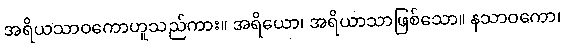
အရိယသာဝကောဟူသည်ကား။ အရိယော၊ အရိယာသာဖြစ်သော။ နသာဝကော၊